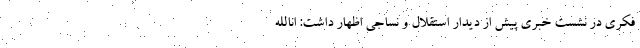
فکری در نشست خبری پیش از دیدار استقلال و نساجی اظهار داشت: انالله